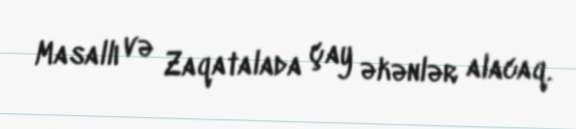
Masallı və Zaqatalada çay əkənlər alacaq.